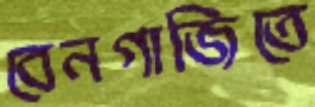
বেনগাজিতে